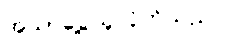
အသာပွေ့ယူလိုက်သည်။